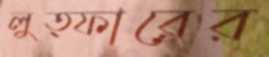
লুত্ফারের